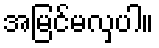
အမြင်မလှပါ။